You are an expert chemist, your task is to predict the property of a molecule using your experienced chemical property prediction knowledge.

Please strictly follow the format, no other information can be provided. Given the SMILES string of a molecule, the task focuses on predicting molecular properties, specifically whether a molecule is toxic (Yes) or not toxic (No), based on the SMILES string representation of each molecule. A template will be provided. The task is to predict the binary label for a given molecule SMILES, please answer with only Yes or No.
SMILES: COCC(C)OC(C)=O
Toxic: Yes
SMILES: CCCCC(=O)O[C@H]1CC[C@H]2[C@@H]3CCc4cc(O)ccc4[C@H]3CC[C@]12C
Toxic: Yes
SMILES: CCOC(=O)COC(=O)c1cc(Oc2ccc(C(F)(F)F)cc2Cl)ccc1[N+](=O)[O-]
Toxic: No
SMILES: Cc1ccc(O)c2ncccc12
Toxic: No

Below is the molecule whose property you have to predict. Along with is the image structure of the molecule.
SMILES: C=CCOC(=O)COCCC(C)C
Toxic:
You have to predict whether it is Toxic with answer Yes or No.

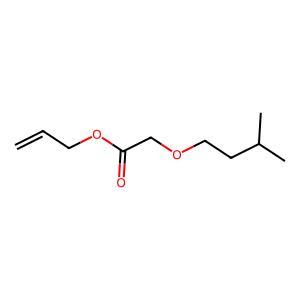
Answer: No